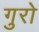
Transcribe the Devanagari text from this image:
गुरो